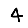
Digit: 4